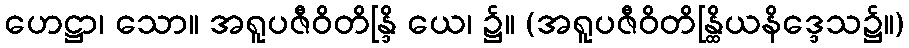
ဟေဋ္ဌာ၊ သော။ အရူပဇီဝိတိန္ဒြိ ယေ၊ ၌။ (အရူပဇီဝိတိန္ထြိယနိဒ္ဒေသ၌။)